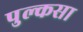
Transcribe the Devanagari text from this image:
पुल्कसा